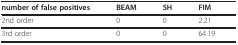
<table><thead><tr><td><b>number of false positives</b></td><td><b>BEAM</b></td><td><b>SH</b></td><td><b>FIM</b></td></tr></thead><tbody><tr><td>2nd order</td><td>0</td><td>0</td><td>2.21</td></tr><tr><td>3rd order</td><td>0</td><td>0</td><td>64.19</td></tr></tbody></table>